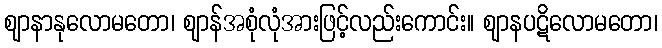
ဈာနာနုလောမတော၊ ဈာန်အစုံလုံအားဖြင့်လည်းကောင်း။ ဈာနပဋိလောမတော၊